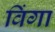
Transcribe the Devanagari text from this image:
विंगा